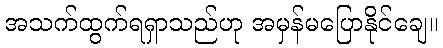
အသက်ထွက်ရရှာသည်ဟု အမှန်မပြောနိုင်ချေ။